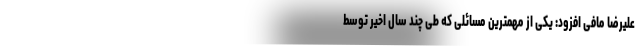
علیرضا مافی افزود: یکی از مهمترین مسائلی که طی چند سال اخیر توسط